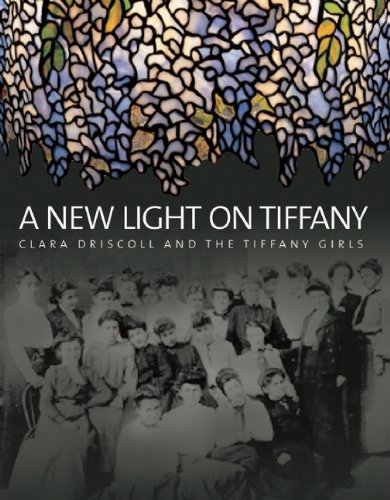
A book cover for A New Light on Tiffany: Clara Driscoll and the Tiffany Girls; Martin Eidelberg; Crafts, Hobbies & Home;